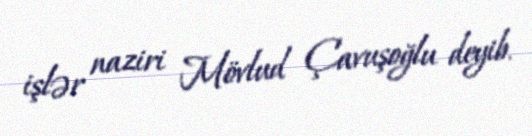
işlər naziri Mövlud Çavuşoğlu deyib.